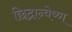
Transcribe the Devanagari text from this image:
छिद्रान्वेष्ण